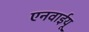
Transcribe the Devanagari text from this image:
एनवाईयू